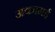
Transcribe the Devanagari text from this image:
अकामई